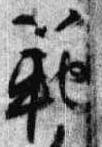
範